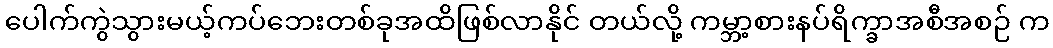
ပေါက်ကွဲသွားမယ့်ကပ်ဘေးတစ်ခုအထိဖြစ်လာနိုင် တယ်လို့ ကမ္ဘာ့စားနပ်ရိက္ခာအစီအစဉ် က